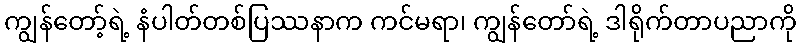
ကျွန်တော့်ရဲ့ နံပါတ်တစ်ပြဿနာက ကင်မရာ၊ ကျွန်တော်ရဲ့ ဒါရိုက်တာပညာကို